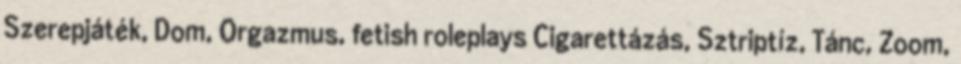
Szerepjáték, Dom, Orgazmus, fetish roleplays Cigarettázás, Sztriptíz, Tánc, Zoom,